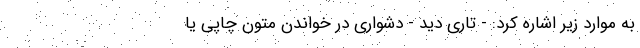
به موارد زیر اشاره کرد: - تاری دید - دشواری در خواندن متون چاپی یا